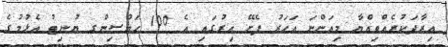
އިރާދަކުރެއްވިއްޔާ މިއަންނަ އަހަރު ފެށޭ އިރުގައި އެ 100 ހައުސިންގ ޔުނިޓު އެޅުމުގެ